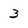
Character: 3